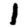
Digit: 1